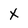
Character: X